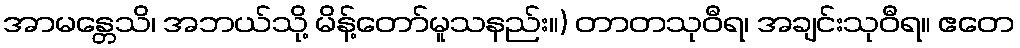
အာမန္တေသိ၊ အဘယ်သို့ မိန့်တော်မူသနည်း။) တာတသုဝီရ၊ အချင်းသုဝီရ။ ဧတေ